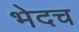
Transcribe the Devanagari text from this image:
भेदच